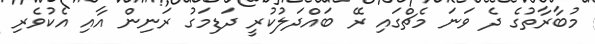
މުބާރާތުގެ ދެ ވަނަ މެޗްގައި ރޭ ބައްދަލުކުރީ ދަޑިމަގު ރަނިން އާއި އެކުވެރި